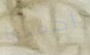
أحميها